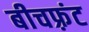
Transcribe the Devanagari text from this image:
बीचफ़्रंट